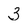
Character: 3